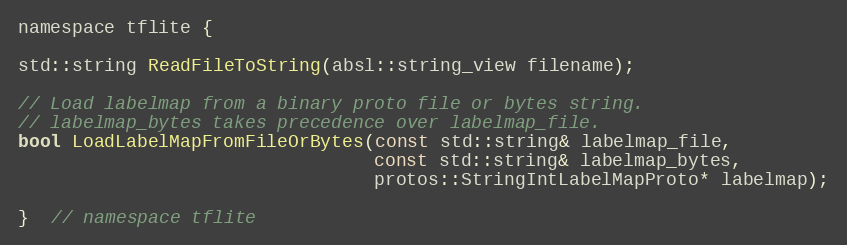
Language: C
namespace tflite {

std::string ReadFileToString(absl::string_view filename);

// Load labelmap from a binary proto file or bytes string.
// labelmap_bytes takes precedence over labelmap_file.
bool LoadLabelMapFromFileOrBytes(const std::string& labelmap_file,
                                 const std::string& labelmap_bytes,
                                 protos::StringIntLabelMapProto* labelmap);

}  // namespace tflite